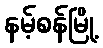
နမ့်စန်မြို့